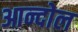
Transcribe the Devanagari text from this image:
आन्दोल